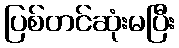
ပြစ်တင်ဆုံးမပြီး